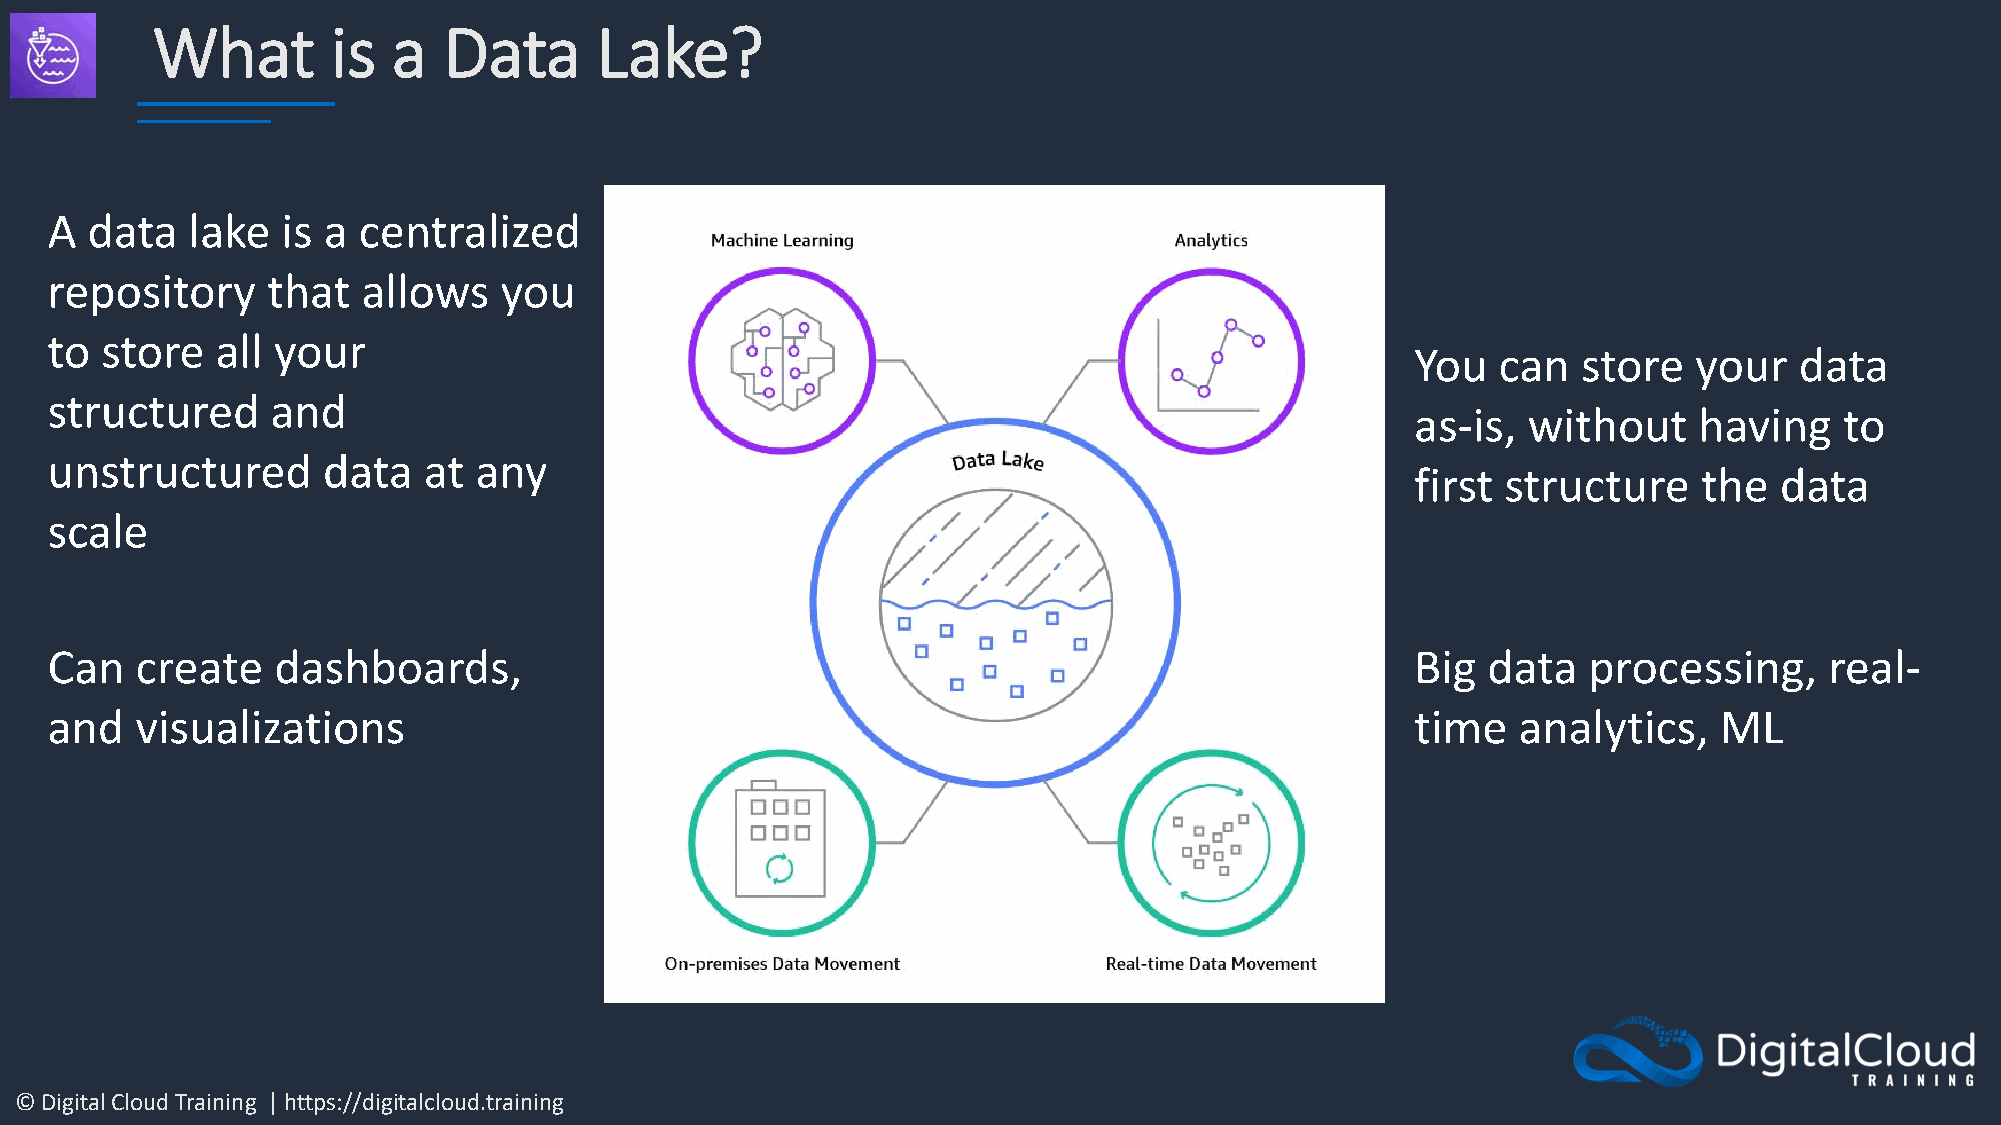
What        is  a  Data      Lake?
 A  data  lake   is a centralized
 repository     that  allows   you
 to  store  all your
 You  can   store  your   data
 structured     and
 as-is, without    having    to
 unstructured      data   at any
 first structure    the  data
 scale
 Can   create   dashboards,                                                                 Big data   processing,     real-
 and   visualizations                                                                       time  analytics,    ML
 © Digital Cloud Training | https://digitalcloud.training